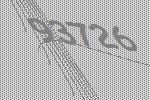
93726